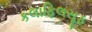
કલાફિલસૂફ